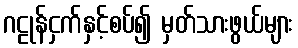
ဂဠုန်ငှက်နှင့်စပ်၍ မှတ်သားဖွယ်များ